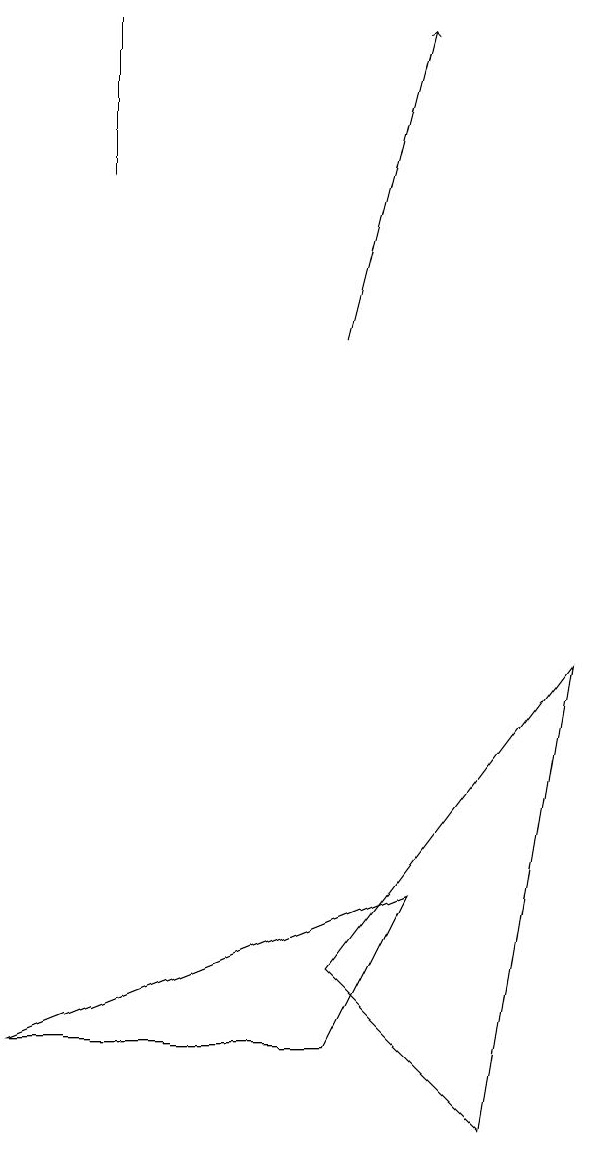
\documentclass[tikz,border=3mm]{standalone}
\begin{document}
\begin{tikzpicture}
\draw (1,15) rectangle (1,13);
\draw (4,2) -- (5,4) -- (0,2) -- cycle;
\draw (4,3) -- (7,7) -- (6,1) -- cycle;
\draw[->] (4,11) -- (5,15);
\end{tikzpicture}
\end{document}